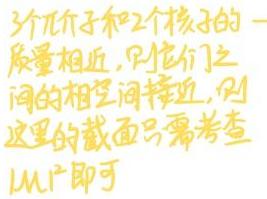
3个氘子和2个核子的一质量相近，且它们之间的相互间距接近，则这里的截面只需考查$\mu _{N}\Gamma$即可